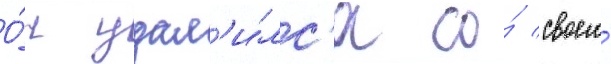
О́н удал'и́лс'я со́ своего́